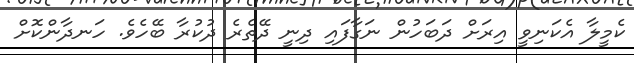
ކެމީލާ އެކަނިވީ އިރަށް ދަބަހުން ނަގާފައި ދިނީ ދޭތެރެ ދުކުރާ ބޭހެވެ. ހަނދާންކޮށް